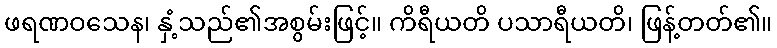
ဖရဏဝသေန၊ နှံ့သည်၏အစွမ်းဖြင့်။ ကိရီယတိ ပသာရီယတိ၊ ဖြန့်တတ်၏။